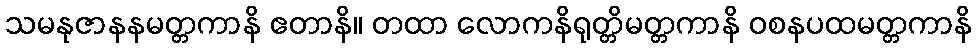
သမနုဇာနနမတ္တကာနိ ဧတာနိ။ တထာ လောကနိရုတ္တိမတ္တကာနိ ဝစနပထမတ္တကာနိ